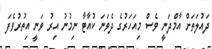
ދައުލަތަށް އާމްދަނީ ވެސް މިއަހަރުގެ ދެވަނަ ކުއާޓާ ނިމުނު އިރު ވަނީ އިތުރުވެފަ